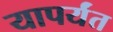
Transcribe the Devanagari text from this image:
यापर्यंत